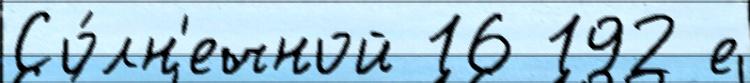
Со́лн'ечной 16 192 е